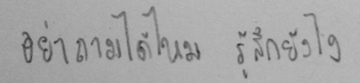
อย่าถามได้ไหม รู้สึกยังไง